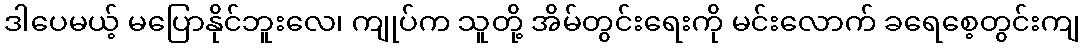
ဒါပေမယ့် မပြောနိုင်ဘူးလေ၊ ကျုပ်က သူတို့ အိမ်တွင်းရေးကို မင်းလောက် ခရေစေ့တွင်းကျ